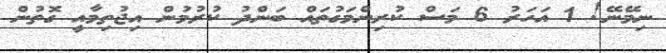
ނިމޭނޭ! 1 އަހަރު 6 މަސް ކުރިންމަގުތައް ބަންދު ކުރުމުން އިޖުތިމާއީ ގޮތުން